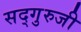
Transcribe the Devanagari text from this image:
सद्गुरुजी